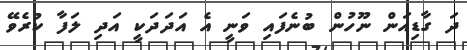
ދަ ގާޑިއަން ނޫހުން ބުނެފައި ވަނީ އެ އަދަދަކީ އަދި ލަފާ ކުރެވޭ